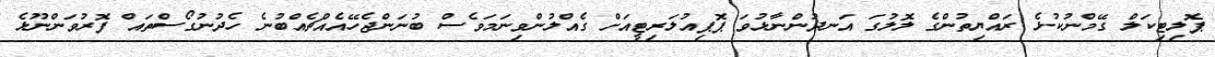
ޕޮލިޓިކަލް ގޭމްނުކުޅެ ރައްޔިތުންގެ ލޮލުގަ އަނދުންނާޅުވަ ޕޮޕިއުލަރިޓީއަށް ގެއްލުންވިނަމަވެސް ބުނަންޖެހޭއެއްޗެއްބުނެ ހެދުނުގޯސްތައް ފޮރުވަންނޫޅެ